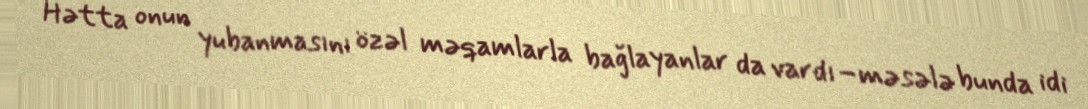
Hətta onun yubanmasını özəl məqamlarla bağlayanlar da vardı–məsələ bunda idi